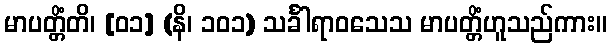
မာပတ္တိံတိ၊ [၀၁] (နိ၊ ၁၀၁) သင်္ခါရာဝသေသ မာပတ္တိံဟူသည်ကား။